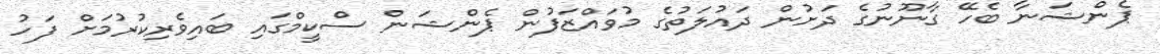
ޕެންޝަނާ ބެހޭ ގާނޫނުގެ ދަށުން ދައުލަތުގެ މުވައްޒަފުން ޕެންޝަން ސްކީމްގައި ބައިވެރިކުރުމަށް ފަހު